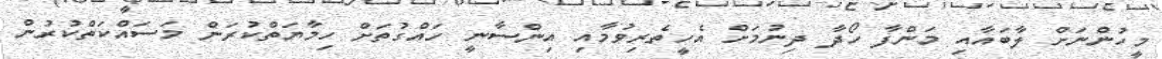
މީހުންނަށް ލާބައާއި މަންފާ ހޯދާ ދިނުމަށް އެހީތެރިވުމާއި އިންސާނީ ހައްގުތަށް ހިމާޔަތްކުރަން މަސައްކަތްކުރުން